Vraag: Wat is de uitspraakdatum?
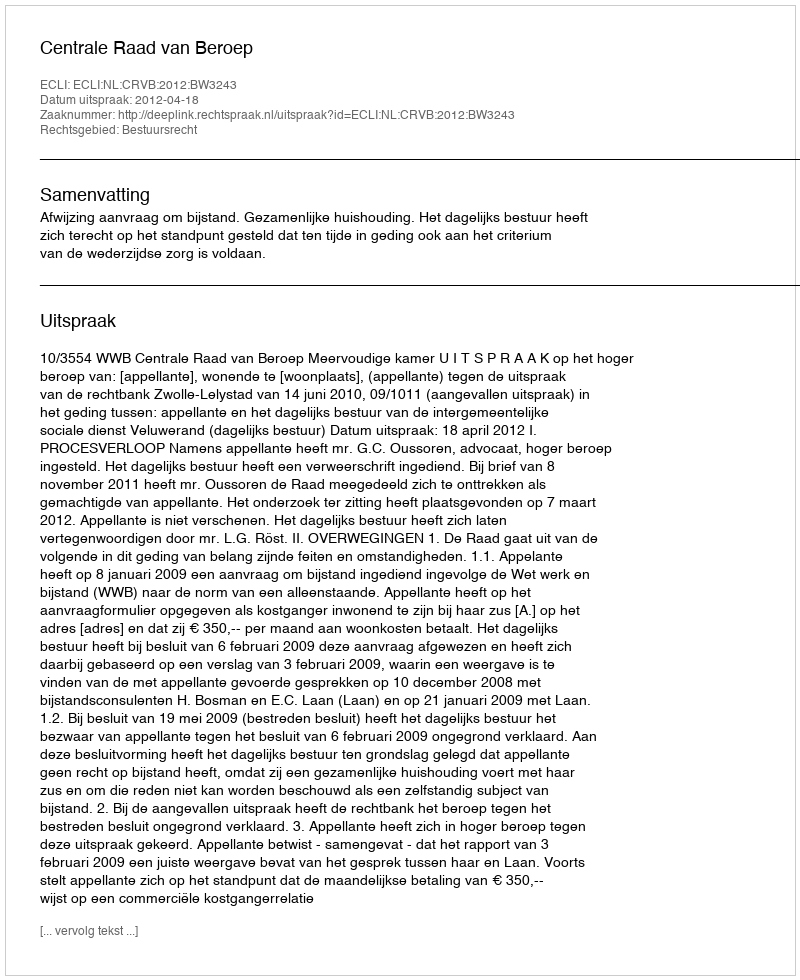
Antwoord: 2012-04-18